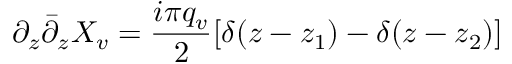
\partial _ { z } { \bar { \partial } } _ { z } X _ { v } = { \frac { i \pi q _ { v } } { 2 } } [ \delta ( z - z _ { 1 } ) - \delta ( z - z _ { 2 } ) ]